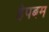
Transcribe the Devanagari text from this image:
हेपबम